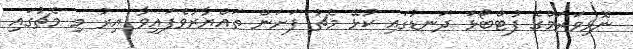
ނޮޅިވަރަމްގެ ފުޓްބޯޅަ ދަނޑުގައި ކުޅޭ މެޗު ފަށަން ތައްޔާރުވެފައިވާ އިރު މި މެޗުގައި